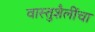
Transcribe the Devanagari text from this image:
वास्तुशैलींचा